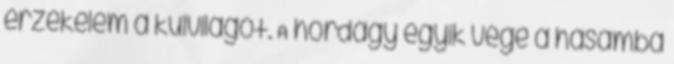
érzékelem a külvilágot. A hordágy egyik vége a hasamba